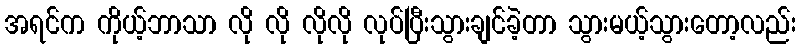
အရင်က ကိုယ့်ဘာသာ လို လို လိုလို လုပ်ပြီးသွားချင်ခဲ့တာ သွားမယ့်သွားတော့လည်း